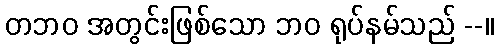
တဘဝ အတွင်းဖြစ်သော ဘဝ ရုပ်နမ်သည် --။